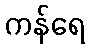
ကန်ရေ